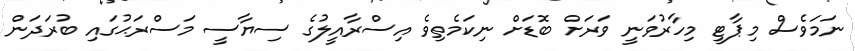
ނަމަވެސް މިޕާޓީ މިހާރުވަނީ ވަރަށް ބޮޑަށް ނިކަމެތިވެ އިސްރާއީލުގެ ސިޔާސީ މަސްރަޙުގައި ބުރަދަން